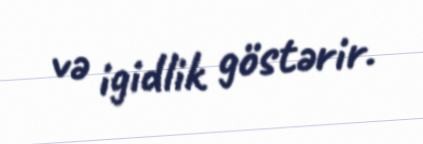
və igidlik göstərir.